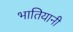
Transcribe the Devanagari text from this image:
भातियानी